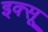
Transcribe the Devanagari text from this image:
इक्सू